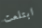
ابتلعت